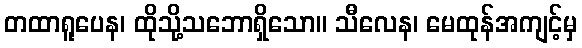
တထာရူပေန၊ ထိုသို့သဘောရှိသော။ သီလေန၊ မေထုန်အကျင့်မှ